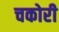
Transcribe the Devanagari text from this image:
चकोरी